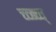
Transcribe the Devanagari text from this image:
च्व्ब्च्व्